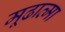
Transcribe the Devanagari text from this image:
मूढात्मा